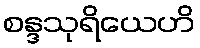
စန္ဒသုရိယေဟိ